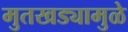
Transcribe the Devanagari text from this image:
मुतखड्यामुळे